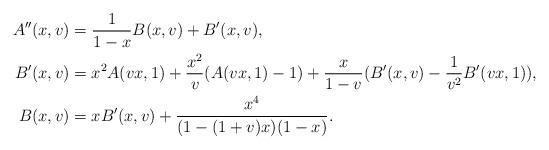
LaTeX: \begin{align*}A''(x,v)&=\frac{1}{1-x}B(x,v)+B'(x,v),\\B'(x,v)&=x^2A(vx,1)+\frac{x^2}{v}(A(vx,1)-1)+\frac{x}{1-v}(B'(x,v)-\frac{1}{v^2}B'(vx,1)),\\B(x,v)&=xB'(x,v)+\frac{x^4}{(1-(1+v)x)(1-x)}.\end{align*}